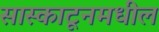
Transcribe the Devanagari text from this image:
सास्काटूनमधील